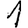
Digit: 1